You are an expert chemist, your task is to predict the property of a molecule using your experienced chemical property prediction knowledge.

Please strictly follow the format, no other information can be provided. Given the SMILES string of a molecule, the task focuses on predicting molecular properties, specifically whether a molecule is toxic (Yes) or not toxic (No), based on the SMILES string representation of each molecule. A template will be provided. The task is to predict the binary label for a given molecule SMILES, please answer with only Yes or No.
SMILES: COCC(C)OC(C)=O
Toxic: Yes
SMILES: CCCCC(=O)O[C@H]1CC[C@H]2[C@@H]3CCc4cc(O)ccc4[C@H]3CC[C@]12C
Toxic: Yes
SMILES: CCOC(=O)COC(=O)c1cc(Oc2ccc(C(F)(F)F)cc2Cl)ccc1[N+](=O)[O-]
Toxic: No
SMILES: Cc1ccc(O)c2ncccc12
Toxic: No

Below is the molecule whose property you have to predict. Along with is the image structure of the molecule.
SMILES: CCC[N+]1(C)CCCCC1.F[B-](F)(F)F
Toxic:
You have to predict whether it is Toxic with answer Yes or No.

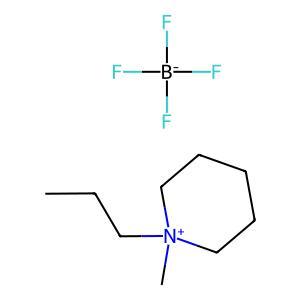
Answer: No